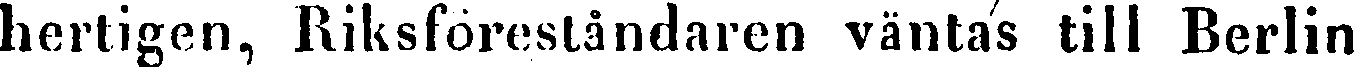
hertigen, Riksföreståndaren väntas till Berlin